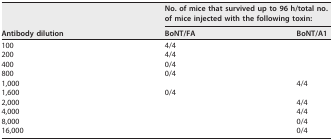
| <ROWSPAN=2> Antibody dilution | <COLSPAN=2> No. of mice that survived up to 96 h/total no. of mice injected with the following toxin: |
 | BoNT/FA | BoNT/A1 |
 | --- | --- | --- |
 | 100 | 4/4 |  |
 | 200 | 4/4 |  |
 | 400 | 0/4 |  |
 | 800 | 0/4 |  |
 | 1,000 |  | 4/4 |
 | 1,600 | 0/4 |  |
 | 2,000 |  | 4/4 |
 | 4,000 |  | 4/4 |
 | 8,000 |  | 0/4 |
 | 16,000 |  | 0/4 |